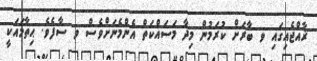
ޜާއްޖެއިގައި ވ ބާރަށް ކުރަމުން މިދާ މަސައްކަތް އެންމެނަށްވެސް ވ ސާފެވެ. ޙިތާމައަކީ